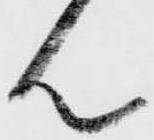
ん